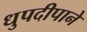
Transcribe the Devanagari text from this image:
धुपदीपाने